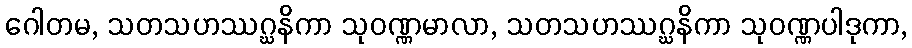
ဂေါတမ, သတသဟဿဂ္ဃနိကာ သုဝဏ္ဏမာလာ, သတသဟဿဂ္ဃနိကာ သုဝဏ္ဏပါဒုကာ,